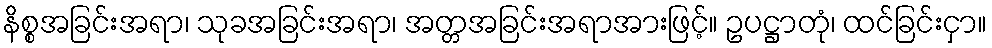
နိစ္စအခြင်းအရာ၊ သုခအခြင်းအရာ၊ အတ္တအခြင်းအရာအားဖြင့်။ ဥပဋ္ဌာတုံ၊ ထင်ခြင်းငှာ။